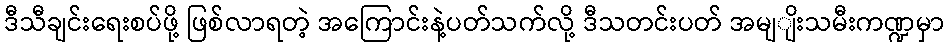
ဒီသီချင်းရေးစပ်ဖို့ ဖြစ်လာရတဲ့ အကြောင်းနဲ့ပတ်သက်လို့ ဒီသတင်းပတ် အမျျိးသမီးကဏ္ဍမှာ